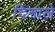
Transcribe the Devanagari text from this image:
दिनाले